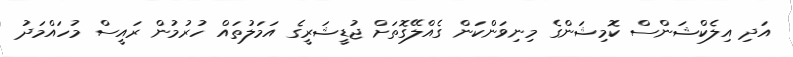
އަދި އިލެކްޝަންސް ކޮމިޝަންގެ މިނިވަންކަން ގެއްލޭގޮތަށް ޖުޑީޝަރީގެ އަމަލުތައް ހުރުމުން ރައީސް މުހައްމަދު